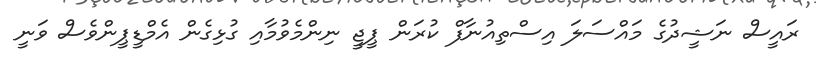
ރައީސް ނަޝީދުގެ މައްސަލަ އިސްތިއުނާފް ކުރަން ޕީޖީ ނިންމެވުމާއި ގުޅިގެން އެމްޑީޕީންވެސް ވަނީ